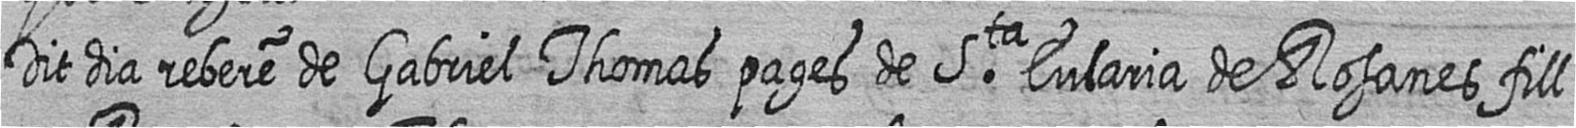
Dit dia rebere de Gabriel Thomas pages de Sta Eularia de Rosanes fill